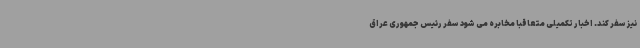
نیز سفر کند. اخبار تکمیلی متعاقبا مخابره می شود سفر رئیس جمهوری عراق